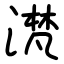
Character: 滼